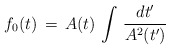
\begin{align*}f_0(t) \, = \, A(t) \, \int \, {dt' \over A^2(t')}\end{align*}